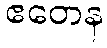
ဧတေန